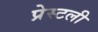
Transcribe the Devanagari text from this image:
प्रेस्टली